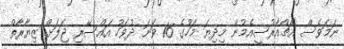
ނަމަވެސް އެޗްއާރުސީއެމުން މިދިޔަ މަހުގެ 16 ވަނަ ދުވަހު އައްސޭރި ޖަލަށް ޒިޔާރާތް